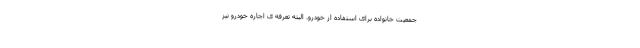
جمعیت خانواده برای استفاده از خودرو. البته تعرفه ی اجاره خودرو نیز